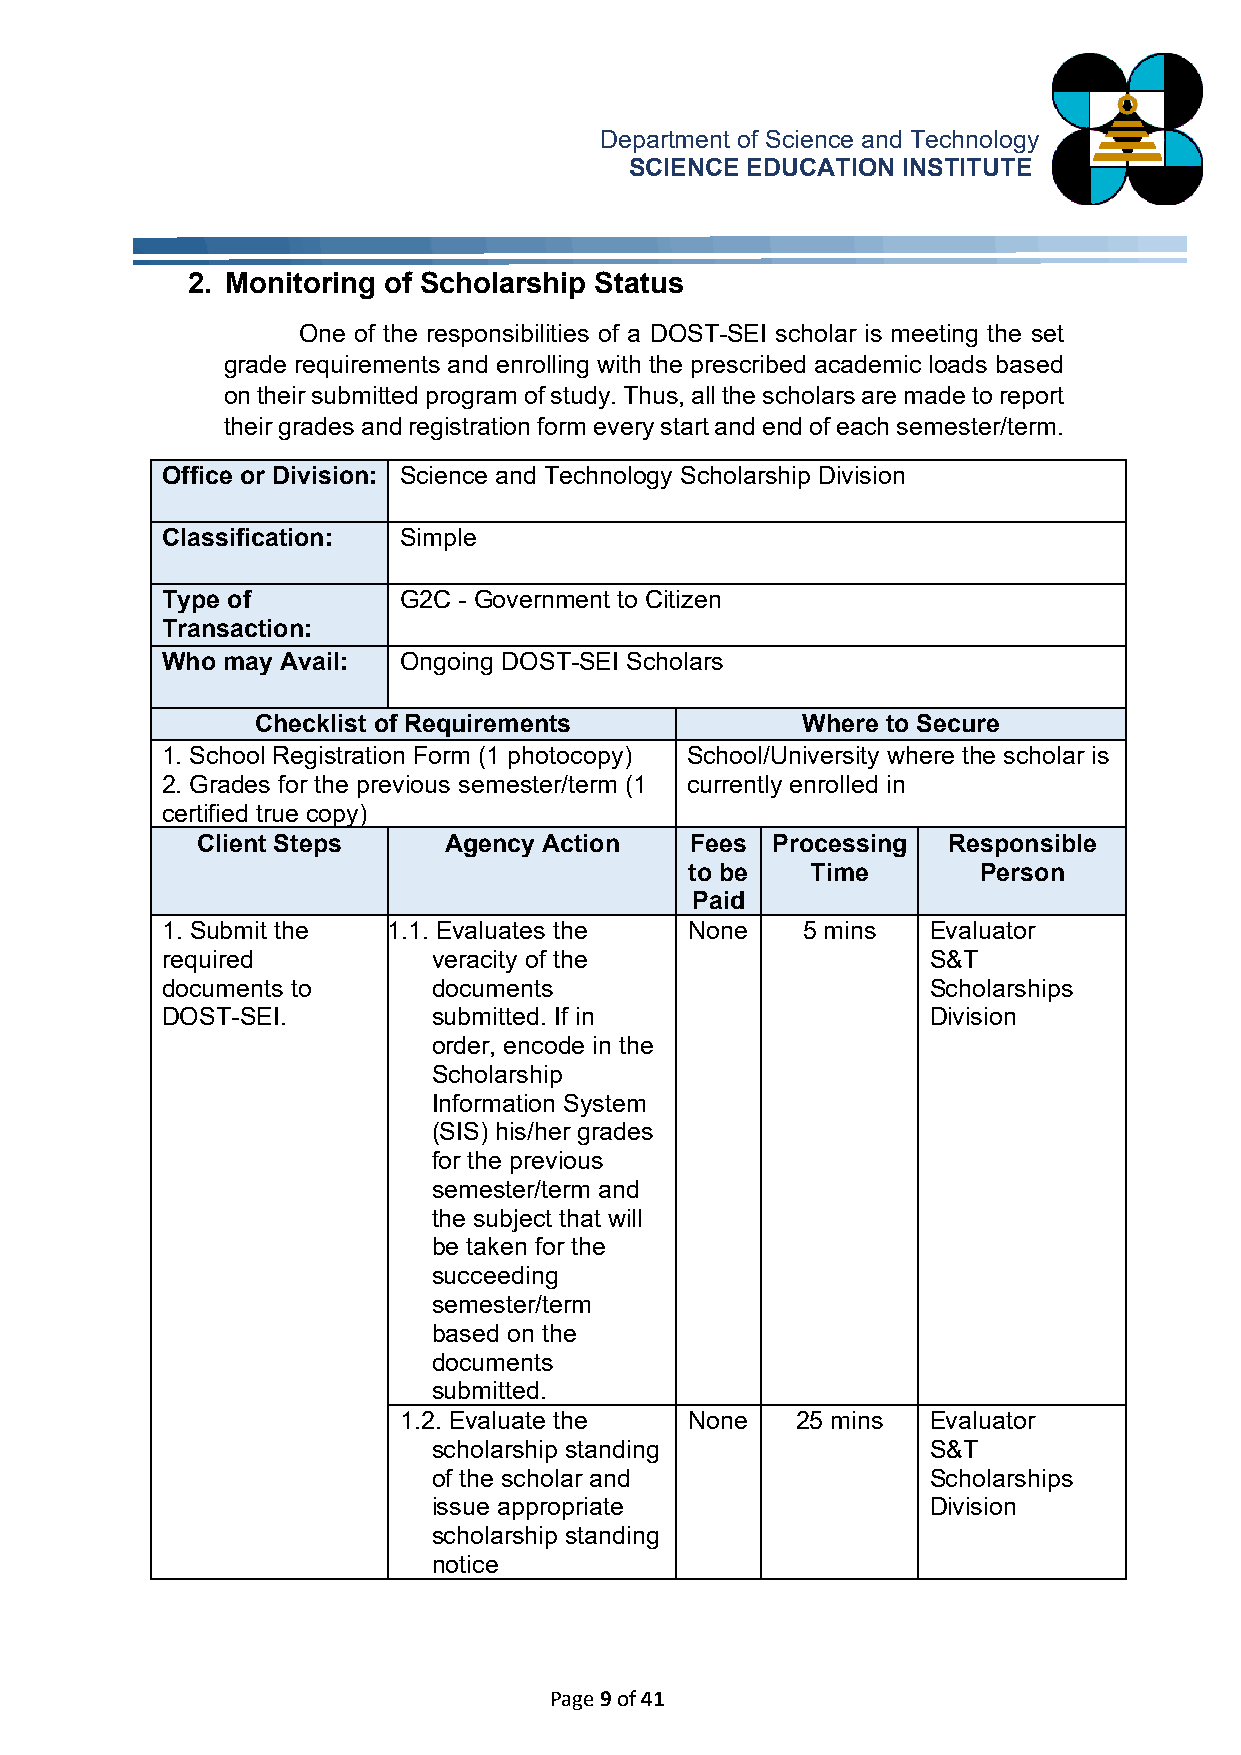
Department of Science and Technology
 SCIENCE EDUCATION INSTITUTE
 2. Monitoring of Scholarship Status
 One of the responsibilities of a DOST-SEI scholar is meeting the set
 grade requirements and enrolling with the prescribed academic loads based
 on their submitted program of study. Thus, all the scholars are made to report
 their grades and registration form every start and end of each semester/term.
 Office or Division: Science and Technology Scholarship Division
 Classification: Simple
 Type of        G2C - Government to Citizen
 Transaction:
 Who may Avail: Ongoing DOST-SEI Scholars
 Checklist of Requirements           Where to Secure
 1. School Registration Form (1 photocopy) School/University where the scholar is
 2. Grades for the previous semester/term (1 currently enrolled in
 c ertified true copy)
 Client Steps    Agency Action    Fees Processing  Responsible
 to be   Time       Person
 Paid
 1. Submit the  1.1. Evaluates the  None   5 mins   Evaluator
 required          veracity of the                  S&T
 documents to      documents                        Scholarships
 DOST-SEI.         submitted. If in                 Division
 order, encode in the
 Scholarship
 Information System
 (SIS) his/her grades
 for the previous
 semester/term and
 the subject that will
 be taken for the
 succeeding
 semester/term
 based on the
 documents
 submitted.
 1.2. Evaluate the   None   25 mins  Evaluator
 scholarship standing             S&T
 of the scholar and               Scholarships
 issue appropriate                Division
 scholarship standing
 notice
 Page 9 of 41